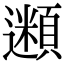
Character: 𩔢